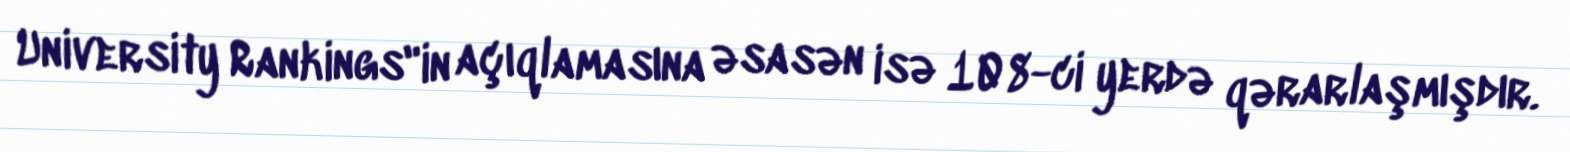
University Rankings"in açıqlamasına əsasən isə 108-ci yerdə qərarlaşmışdır.